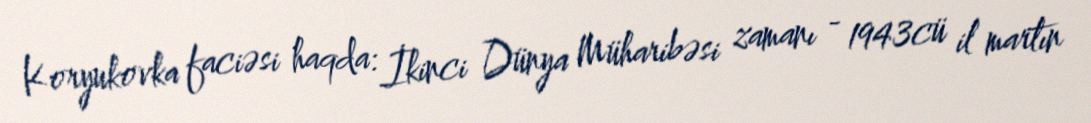
Koryukovka faciəsi haqda: İkinci Dünya Müharibəsi zamanı - 1943cü il martın